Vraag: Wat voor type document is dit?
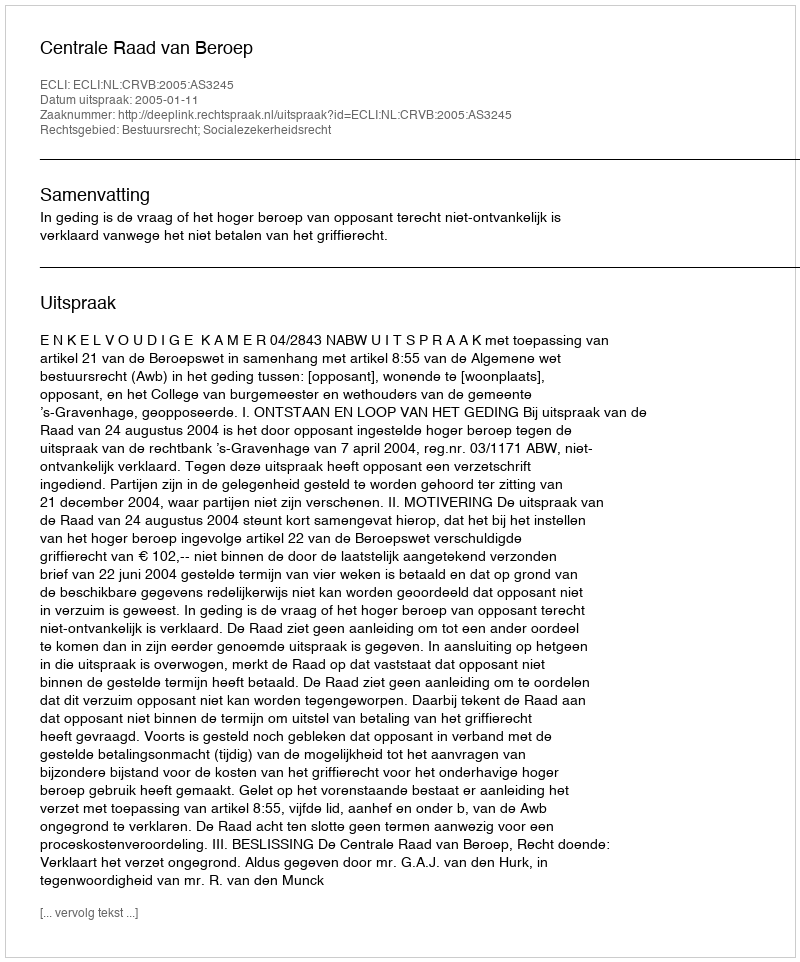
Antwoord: Uitspraak